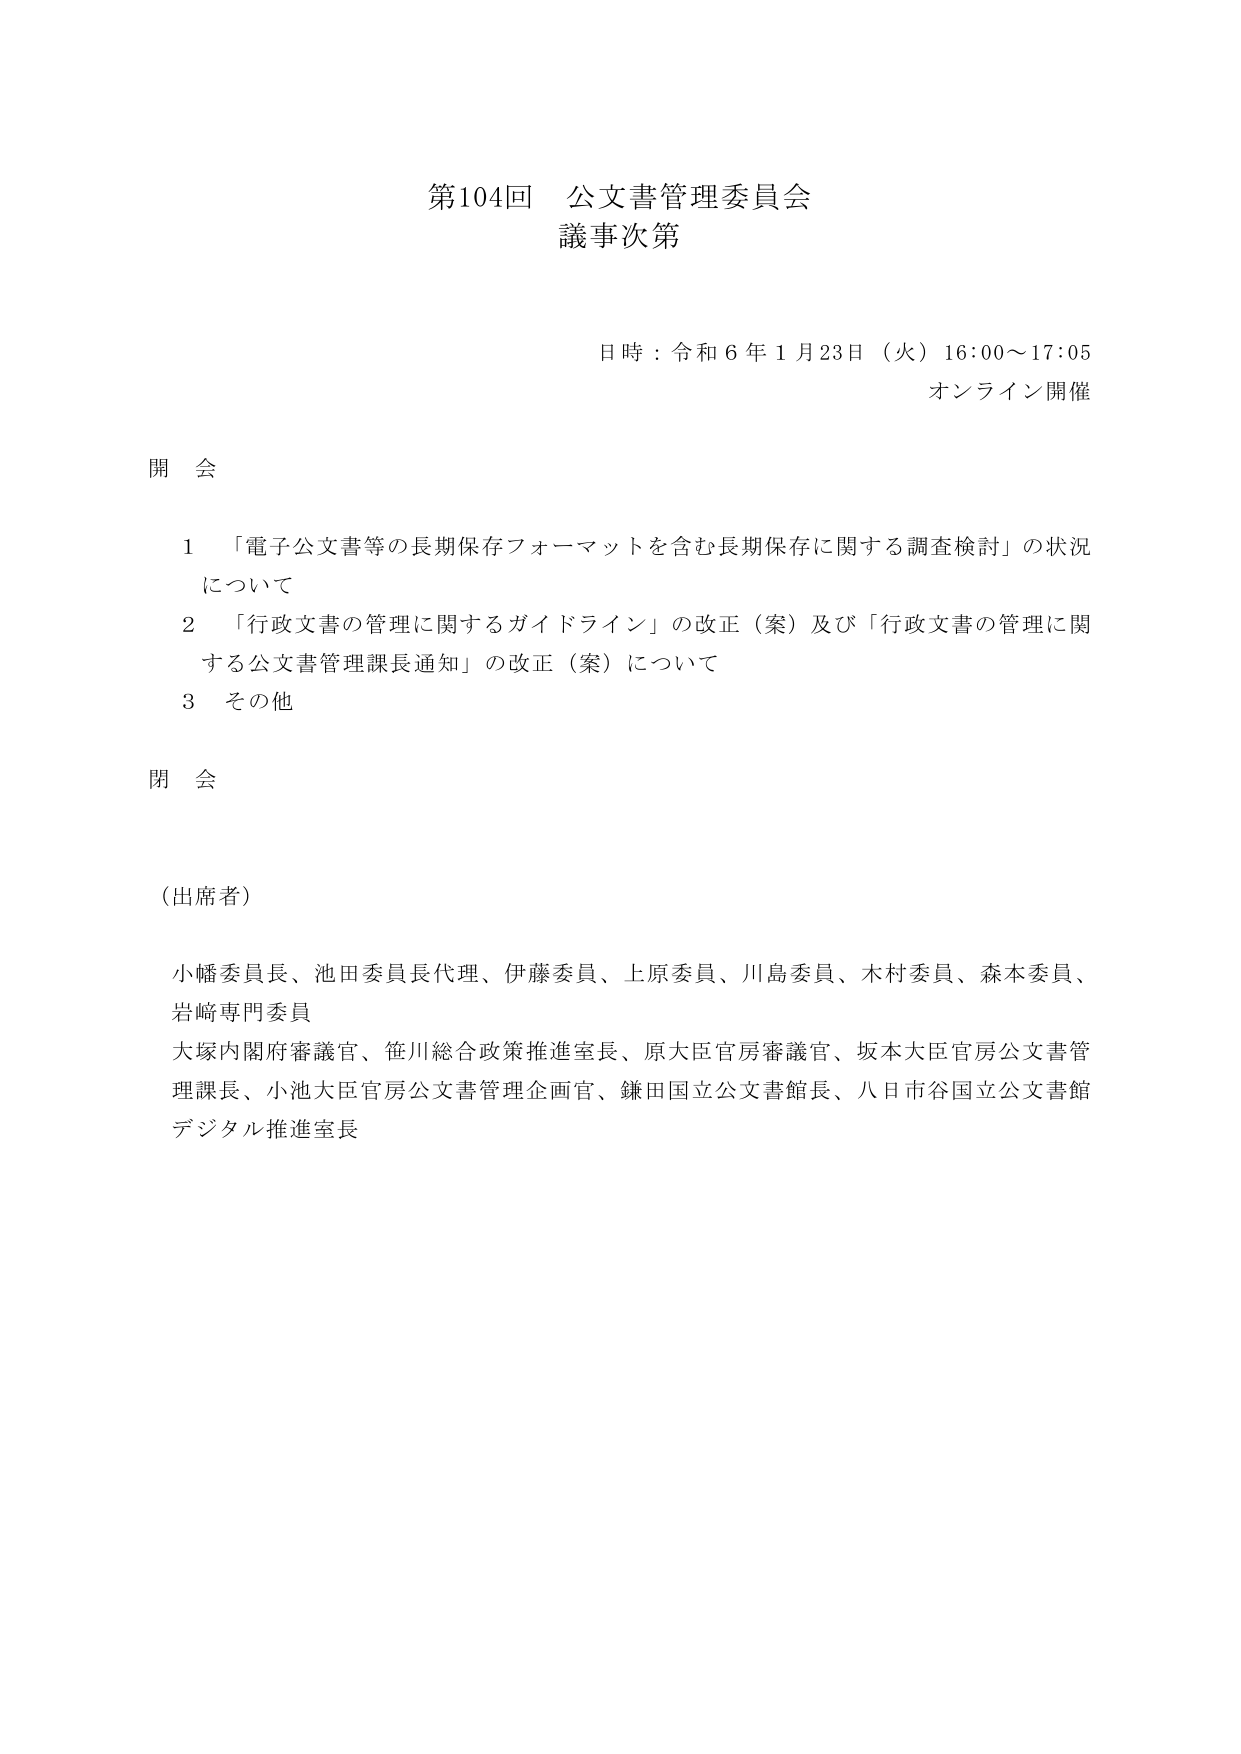
第104回 公文書管理委員会
議事次第

日時：令和6年1月23日（火）16:00～17:05
オンライン開催

開会

1 「電子公文書等の長期保存フォーマットを含む長期保存に関する調査検討」の状況について
2 「行政文書の管理に関するガイドライン」の改正（案）及び「行政文書の管理に関する公文書管理課長通知」の改正（案）について
3 その他

閉会

（出席者）

小幡委員長、池田委員長代理、伊藤委員、上原委員、川島委員、木村委員、森本委員、岩﨑専門委員
大塚内閣府審議官、笹川総合政策推進室長、原大臣官房審議官、坂本大臣官房公文書管理課長、小池大臣官房公文書管理企画官、鎌田国立公文書館長、八日市谷国立公文書館デジタル推進室長